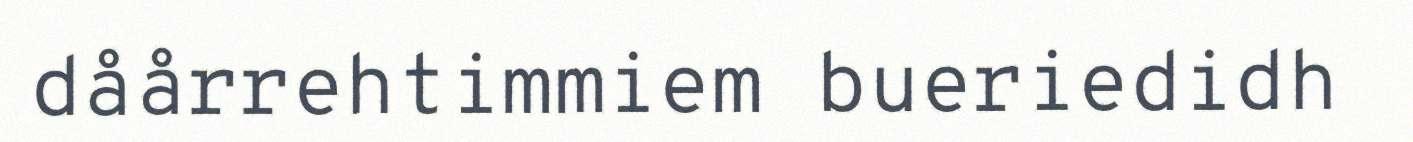
dåårrehtimmiem bueriedidh